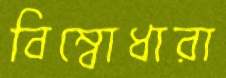
বিম্বোধারা